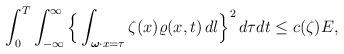
LaTeX: \begin{align*} \int_0^T\int_{-\infty}^\infty \Big\{\int_{\boldsymbol{\omega}\cdot x=\tau}\zeta(x)\varrho(x,t) \, dl\Big\}^2\, d\tau dt\leq c(\zeta) E,\end{align*}